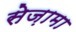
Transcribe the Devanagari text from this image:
सेज़ामा